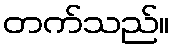
တက်သည်။